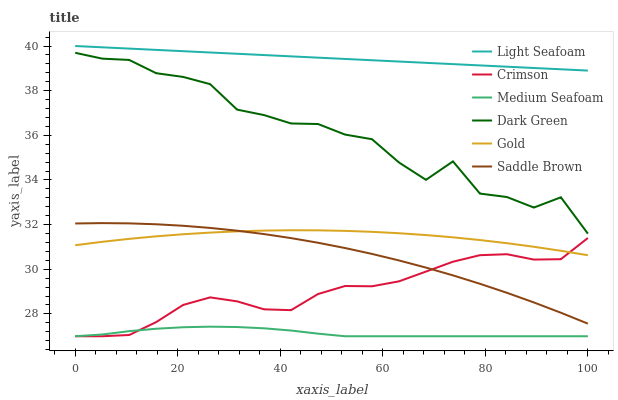
| xaxis_label | Light Seafoam | Crimson | Medium Seafoam | Dark Green | Gold | Saddle Brown |
 | --- | --- | --- | --- | --- | --- | --- |
 | 0 | 40 | 27 | 27 | 39.7 | 31.1 | 32.1 |
 | 5.26 | 39.9 | 27 | 27.1 | 39.4 | 31.2 | 32.1 |
 | 10.5 | 39.9 | 27.1 | 27.2 | 39.4 | 31.4 | 32.1 |
 | 15.8 | 39.8 | 27.6 | 27.3 | 38.8 | 31.5 | 32 |
 | 21.1 | 39.8 | 28.4 | 27.4 | 38.6 | 31.6 | 31.9 |
 | 26.3 | 39.7 | 28.7 | 27.4 | 38.3 | 31.6 | 31.9 |
 | 31.6 | 39.7 | 28.6 | 27.4 | 37.2 | 31.7 | 31.7 |
 | 36.8 | 39.6 | 28.2 | 27.4 | 36.9 | 31.7 | 31.6 |
 | 42.1 | 39.5 | 28.2 | 27.3 | 36.5 | 31.7 | 31.4 |
 | 47.4 | 39.5 | 28.9 | 27.1 | 36.5 | 31.7 | 31.2 |
 | 52.6 | 39.4 | 29.3 | 27 | 36 | 31.7 | 31 |
 | 57.9 | 39.4 | 29.2 | 27 | 35.8 | 31.7 | 30.7 |
 | 63.2 | 39.3 | 29.5 | 27 | 34.8 | 31.6 | 30.4 |
 | 68.4 | 39.2 | 29.9 | 27 | 34 | 31.5 | 30.1 |
 | 73.7 | 39.2 | 30.3 | 27 | 34.8 | 31.4 | 29.7 |
 | 78.9 | 39.1 | 30.6 | 27 | 33.4 | 31.3 | 29.4 |
 | 84.2 | 39.1 | 30.7 | 27 | 33.2 | 31.2 | 28.9 |
 | 89.5 | 39 | 30.4 | 27 | 32.8 | 31 | 28.5 |
 | 94.7 | 39 | 30.5 | 27 | 33.2 | 30.8 | 28.1 |
 | 100 | 38.9 | 31.4 | 27 | 31.6 | 30.6 | 27.6 |